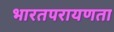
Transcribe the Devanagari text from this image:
भारतपरायणता